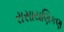
રાસાયણિકણ